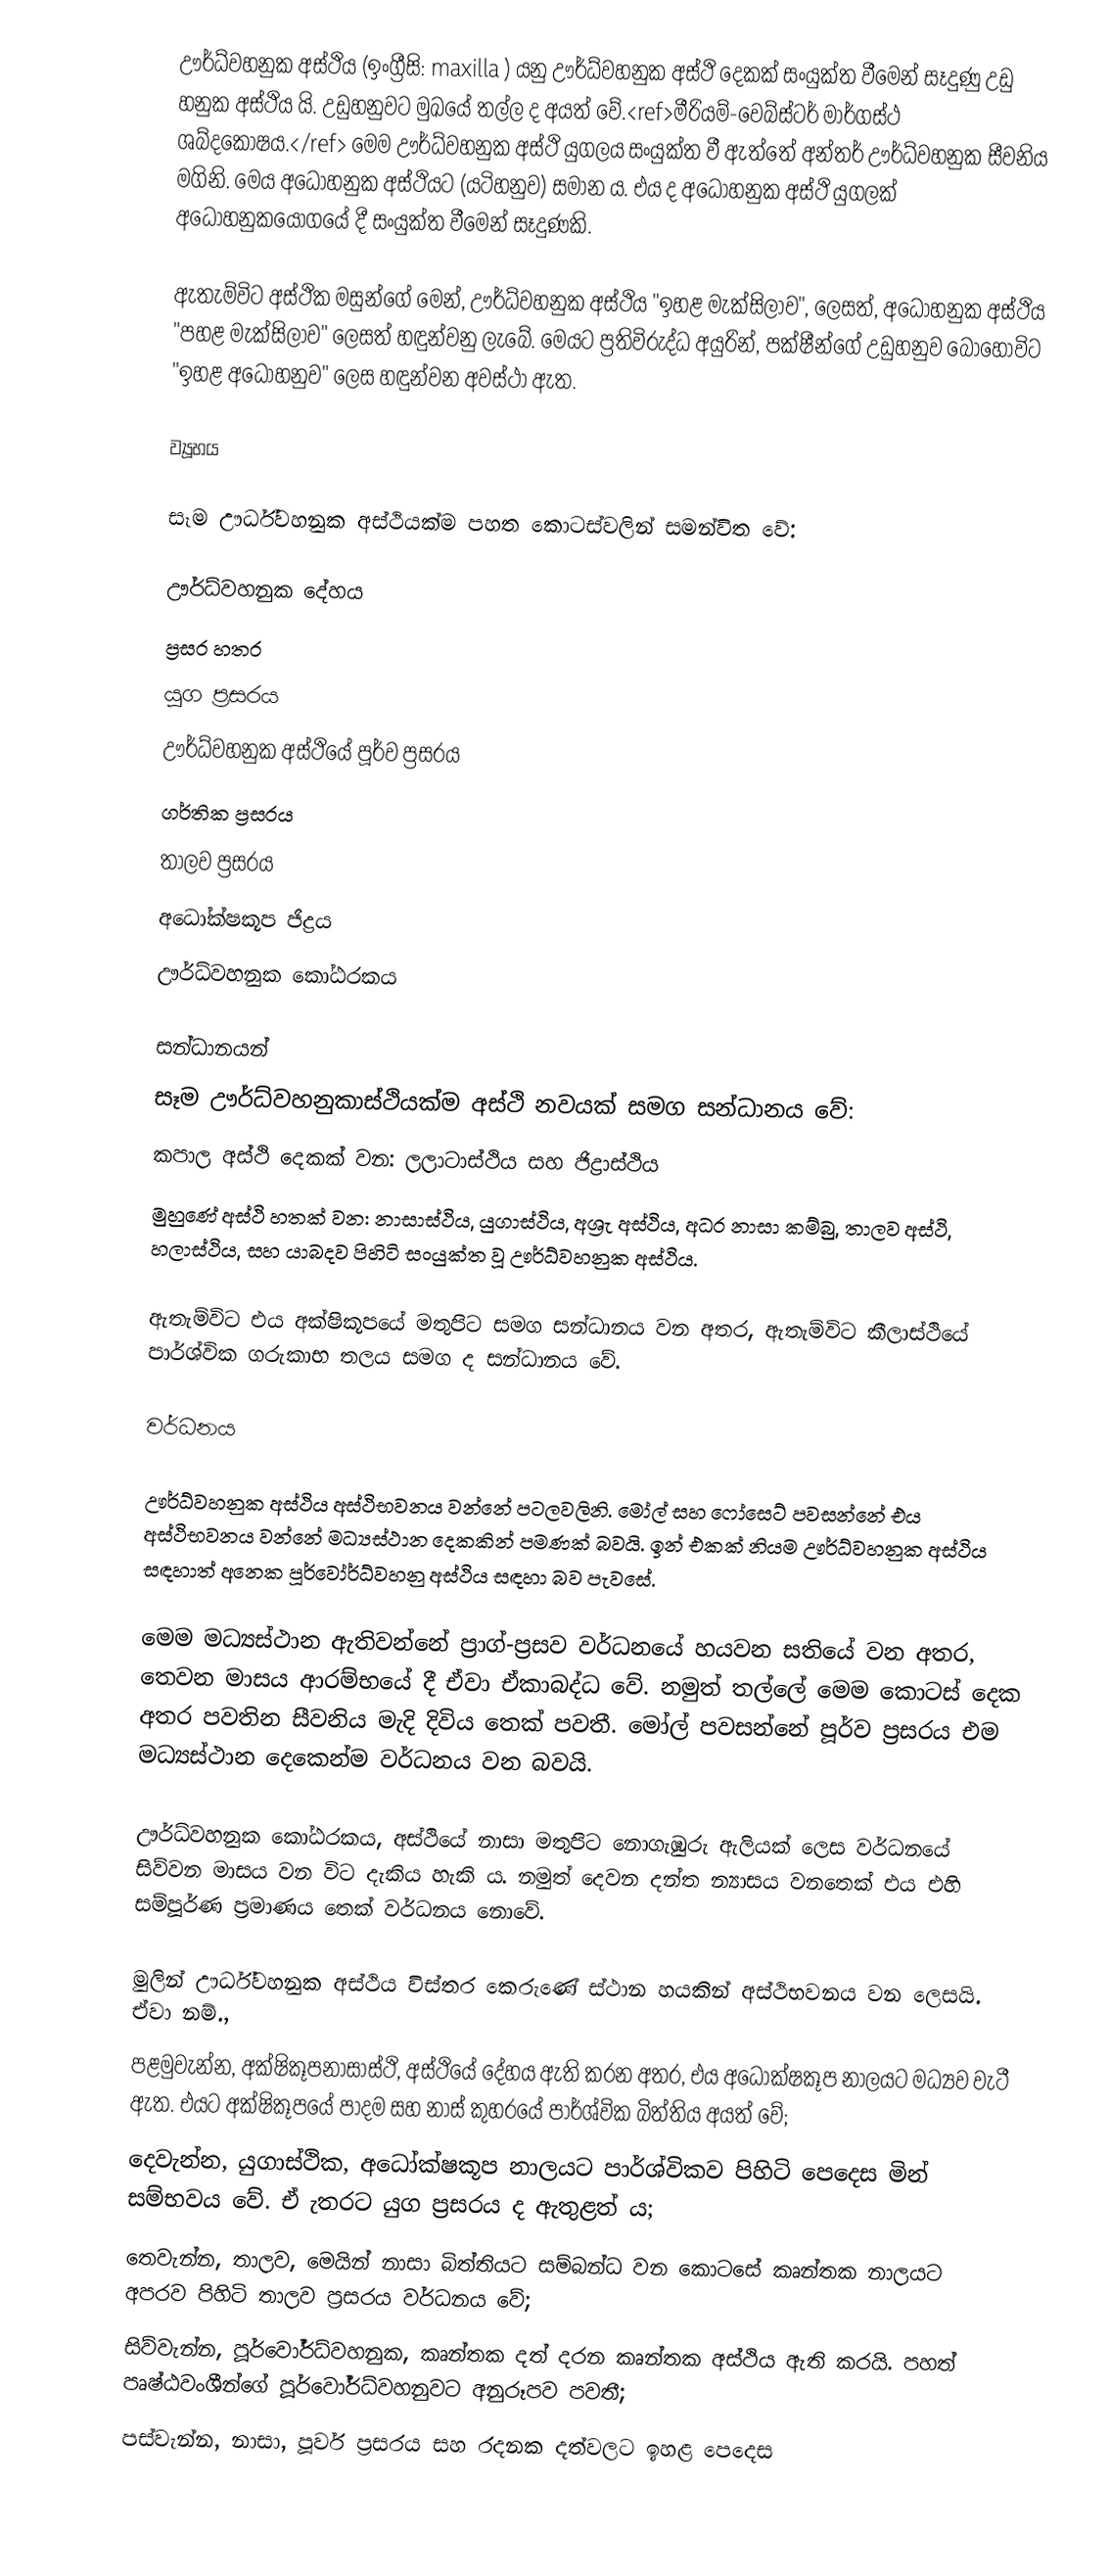
ඌර්ධ්වහනුක අස්ථිය (ඉංග්‍රීසි: maxilla ) යනු ඌර්ධ්වහනුක අස්ථි දෙකක් සංයුක්ත වීමෙන් සෑදුණු උඩු හනුක අස්ථිය යි. උඩුහනුවට මුඛයේ තල්ල ද අයත් වේ.<ref>මීරියම්-වෙබ්ස්ටර් මාර්ගස්ථ ශබ්දකෝෂය.</ref> මෙම ඌර්ධ්වහනුක අස්ථි යුගලය සංයුක්ත වී ඇත්තේ අන්තර් ඌර්ධ්වහනුක සීවනිය මගිනි. මෙය අධෝහනුක අස්ථියට (යටිහනුව) සමාන ය. එය ද අධෝහනුක අස්ථි යුගලක් අධෝහනුකයෝගයේ දී සංයුක්ත වීමෙන් සෑදුණකි.

ඇතැම්විට අස්ථික මසුන්ගේ මෙන්, ඌර්ධ්වහනුක අස්ථිය "ඉහළ මැක්සිලාව", ලෙසත්, අධෝහනුක අස්ථිය "පහළ මැක්සිලාව" ලෙසත් හඳුන්වනු ලැබේ. මෙයට ප්‍රතිවිරුද්ධ අයුරින්, පක්ෂීන්ගේ උඩුහනුව බොහෝවිට "ඉහළ අධෝහනුව" ලෙස හඳුන්වන අවස්ථා ඇත.

ව්‍යූහය

සෑම ඌර්ධ්වහනුක අස්ථියක්ම පහත කොටස්වලින් සමන්විත වේ:

 ඌර්ධ්වහනුක දේහය
 ප්‍රසර හතර
 යුග ප්‍රසරය
 ඌර්ධ්වහනුක අස්ථියේ පූර්ව ප්‍රසරය
 ගර්තික ප්‍රසරය
 තාලව ප්‍රසරය
 අධෝක්ෂකූප ජිද්‍රය
 ඌර්ධ්වහනුක කෝඨරකය

 සන්ධානයන්
සෑම ඌර්ධ්වහනුකාස්ථියක්ම අස්ථි නවයක් සමග සන්ධානය වේ:
 කපාල අස්ථි දෙකක් වන: ලලාටාස්ථිය සහ ජිද්‍රාස්ථිය
 මුහුණේ අස්ථි හතක් වන: නාසාස්ථිය, යුගාස්ථිය, අශ්‍රැ අස්ථිය, අධර නාසා කම්බු, තාලව අස්ථි, හලාස්ථිය, සහ යාබදව පිහිටි සංයුක්ත වූ ඌර්ධ්වහනුක අස්ථිය.

ඇතැම්විට එය අක්ෂිකූපයේ මතුපිට සමග සන්ධානය වන අතර, ඇතැම්විට කීලාස්ථියේ පාර්ශ්වික ගරුකාභ තලය සමග ද සන්ධානය වේ.

වර්ධනය

ඌර්ධ්වහනුක අස්ථිය අස්ථිභවනය වන්නේ පටලවලිනි‍. මෝල් සහ ෆෝසෙට් පවසන්නේ එය අස්ථිභවනය වන්නේ මධ්‍යස්ථාන දෙකකින් පමණක් බවයි. ඉන් එකක් නියම ඌර්ධ්වහනුක අස්ථිය සඳහාත් අනෙක පූර්වෝර්ධ්වහනු අස්ථිය සඳහා බව පැවසේ.

මෙම මධ්‍යස්ථාන ඇතිවන්නේ ප්‍රාග්-ප්‍රසව වර්ධනයේ හයවන සතියේ වන අතර, තෙවන මාසය ආරම්භයේ දී ඒවා ඒකාබද්ධ වේ. නමුත් තල්ලේ මෙම කොටස් දෙක අතර පවතින සීවනිය මැදි දිවිය තෙක් පවතී. මෝල් පවසන්නේ පූර්ව ප්‍රසරය එම මධ්‍යස්ථාන දෙකෙන්ම වර්ධනය වන බවයි.

ඌර්ධ්වහනුක කෝඨරකය, අස්ථියේ නාසා මතුපිට නොගැඹුරු ඇලියක් ලෙස වර්ධනයේ සිව්වන මාසය වන විට දැකිය හැකි ය. නමුත් දෙවන දන්ත න්‍යාසය වනතෙක් එය එහි සම්පූර්ණ ප්‍රමාණය තෙක් වර්ධනය නොවේ.

මුලින් ඌර්ධ්වහනුක අස්ථිය විස්තර කෙරුණේ ස්ථාන හයකින් අස්ථිභවනය වන ලෙසයි. ඒවා නම්.,
 පළමුවැන්න, අක්ෂිකූපනාසාස්ථි, අස්ථියේ දේහය ඇති කරන අතර, එය අධෝක්ෂකූප නාලයට මධ්‍යව වැටී ඇත. එයට අක්ෂිකූපයේ පාදම සහ නාස් කුහරයේ පාර්ශ්වික බිත්තිය අයත් වේ;
 දෙවැන්න, යුගාස්ථික, අධෝක්ෂකූප නාලයට පාර්ශ්විකව පිහිටි පෙදෙස මින් සම්භවය වේ. ඒ ැතරට යුග ප්‍රසරය ද ඇතුළත් ය;
 තෙවැන්න, තාලව, මෙයින් නාසා බිත්තියට සම්බන්ධ වන කොටසේ කෘන්තක නාලයට අපරව පිහිටි තාලව ප්‍රසරය වර්ධනය වේ;
 සිව්වැන්න, පූර්වෝර්ධ්වහනුක, කෘන්තක දත් දරන කෘන්තක අස්ථිය ඇති කරයි. පහත් පෘෂ්ඨවංශීන්ගේ පූර්වෝර්ධ්වහනුවට අනුරූපව පවතී;
 පස්වැන්න, නාසා, පූර්ව ප්‍රසරය සහ රදනක දත්වලට ඉහළ පෙදෙස